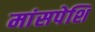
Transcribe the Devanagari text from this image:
मांसपेशि